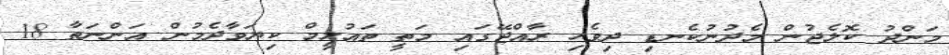
މަންދު ކޮލެޖުން މެދުނުކެނޑި ދިވެހި ރާއްޖޭގައި މަތީ ތައުލީމް ކިޔަވާދެމުން އަންނަތާ 18